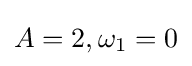
A=2,\omega _{1}=0